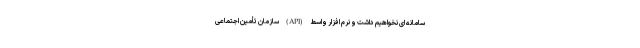
سامانه ای نخواهیم داشت و نرم افزار واسط (API) سازمان تأمین اجتماعی